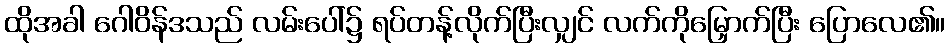
ထိုအခါ ဂေါဝိန်ဒသည် လမ်းပေါ်၌ ရပ်တန့်လိုက်ပြီးလျှင် လက်ကိုမြှောက်ပြီး ပြောလေ၏။